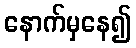
နောက်မှနေ၍